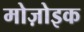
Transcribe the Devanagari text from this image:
मोज़ोइक